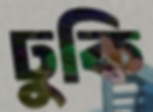
ঢুকি